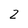
Character: 2